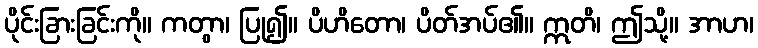
ပိုင်းခြားခြင်းကို။ ကတွာ၊ ပြု၍။ ပိဟိတော၊ ပိတ်အပ်၏။ ဣတိ၊ ဤသို့။ အာဟ၊